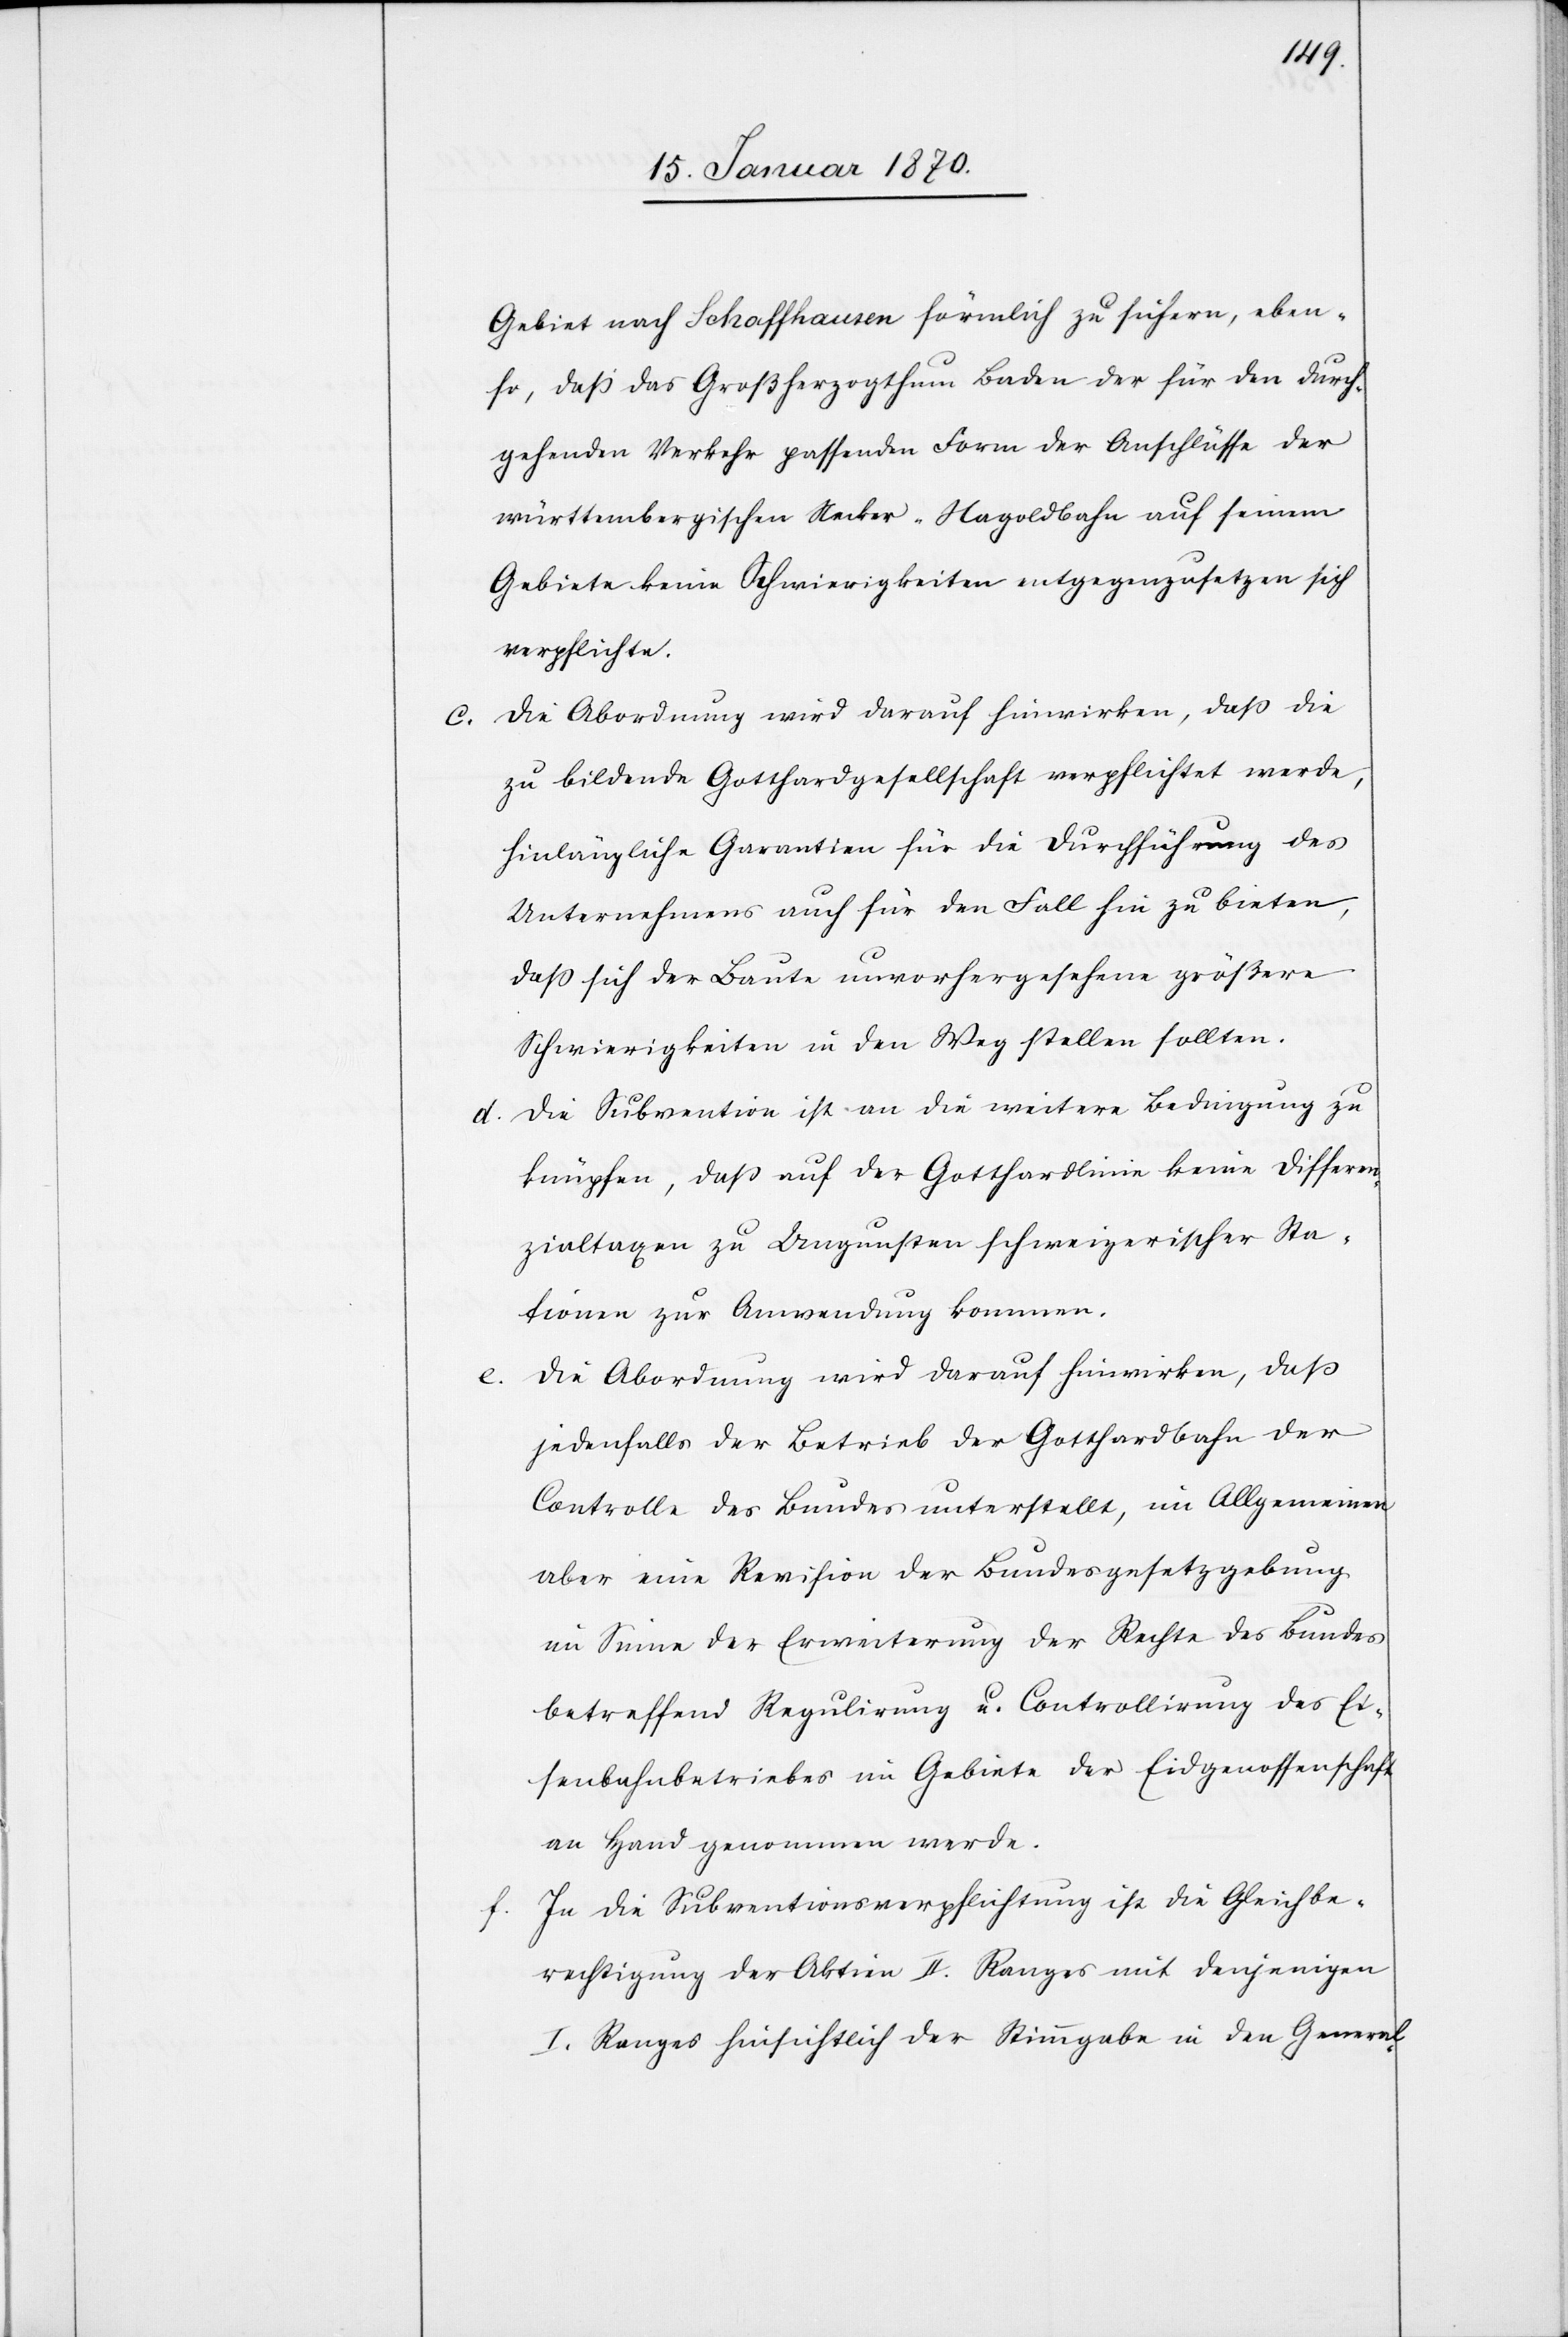
c.

f.

Gebiet nach Schaffhausen förmlich zu sichern, eben¬
so, daß das Großherzogthum Baden der für den durch¬
gehenden Verkehr passenden Form der Anschlüsse der
wüttembergischen Necker-Nagoldbahn auf seinem
Gebiete keine Schwierigkeiten entgegenzusetzen sich
verpflichte.
Die Abordnung wird darauf hinwirken, daß die
zu bildende Gotthardgesellschaft verpflichtet werde,
hinlängliche Garantien für die Durchführung des
Unternehmens auch für den Fall hin zu bieten,
daß sich der Baute unvorhergesehene größere
Schwierigkeiten in den Weg stellen sollten.
d. Die Subvention ist an die weitere Bedingung zu
knüpfen, daß auf der Gotthardlinie keine Differen¬
zialtaxen zu Ungunsten schweizerischer Sta¬
tionen zur Anwendung kommen.
Die Abordnung wird darauf hinwirken, daß
jedenfalls der Betrieb der Gotthardbahn der
Controlle des Bundes unterstellt, im Allgemeinen
aber eine Revision der Bundesgesetzgebung
im Sinne der Erweiterung der Rechte des Bundes
betreffend Regulirung u. Controllirung des Ei¬
senbahnbetriebes im Gebiete der Eidgenossenschaft
an Hand genommen werde.
In die Subventionsverpflichtung ist die Gleichbe¬
rechtigung der Aktien II. Ranges mit denjenigen
I. Ranges hinsichtlich der Stimmgabe in den General-